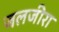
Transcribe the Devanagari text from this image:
जलजीरा